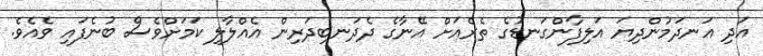
އަދި އަނދަމުންދިޔަ އަލިފާންގަނޑުގެ ތެރެއަށް އޭނާގެ ދެދަނބިދަރިން އެއްލާލި ކަމަށްވެސް ބުނެފައި ވެއެވެ.